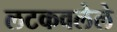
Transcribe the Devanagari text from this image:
लटकवलेले